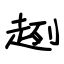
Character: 趔